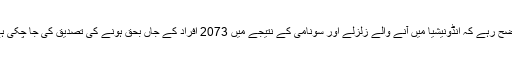
واضح رہے کہ انڈونیشیا میں آنے والے زلزلے اور سونامی کے نتیجے میں 2073 افراد کے جاں بحق ہونے کی تصدیق کی جا چکی ہے۔